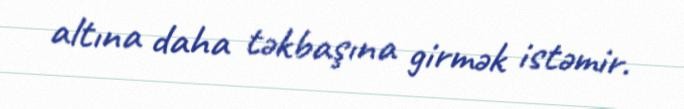
altına daha təkbaşına girmək istəmir.